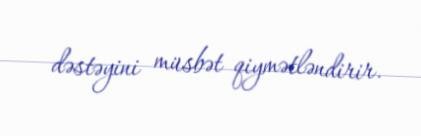
dəstəyini müsbət qiymətləndirir.